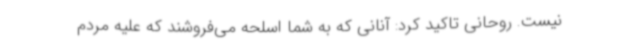
نیست. روحانی تاکید کرد: آنانی که به شما اسلحه می‌فروشند که علیه مردم